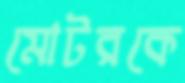
মোটরকে